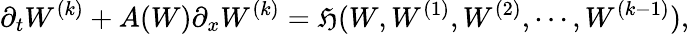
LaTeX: \partial_{t}W^{(k)}+A(W)\partial_{x}W^{(k)}=\mathfrak{H}(W,W^{(1)},W^{(2)},\cdots,W^{(k-1)}),